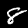
Label: 8